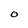
Character: 0